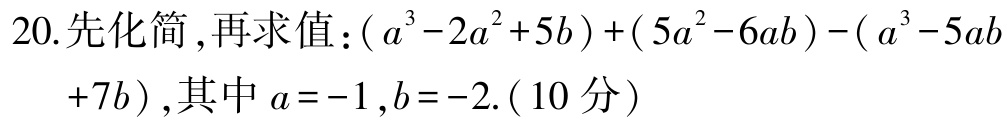
20. 先化简 ,再求值：$( a^{3}-2a^{2}+5b)+( 5a^{2}-6ab)-( a^{3}-5ab +7b)$,其中$a = -1 ,b = -2$. ( 10 分）